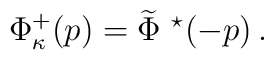
\Phi^{+}_{\kappa} (p)   =    \widetilde{\Phi}\ ^{\star}(-p) \, .